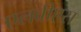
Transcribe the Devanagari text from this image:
एलवीएस